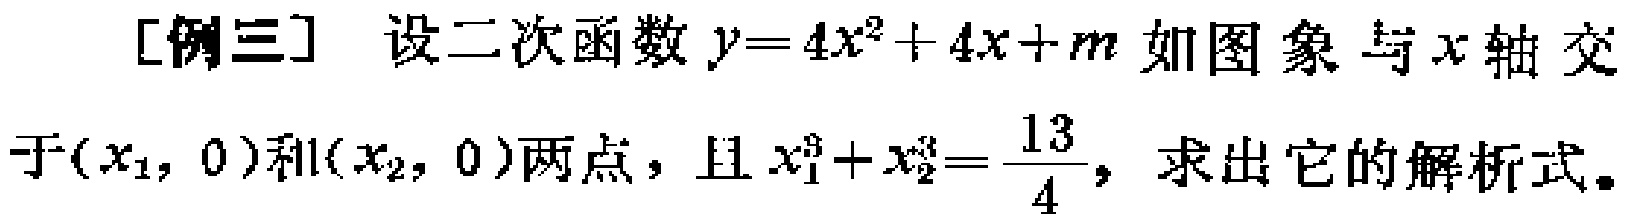
[例三] 设二次函数\(y = 4x^{2}+4x + m\)如图象与\(x\)轴交于\((x_{1},0)\)和\((x_{2},0)\)两点，且\(x_{1}^{3}+x_{2}^{3}=\frac{13}{4}\)，求出它的解析式。